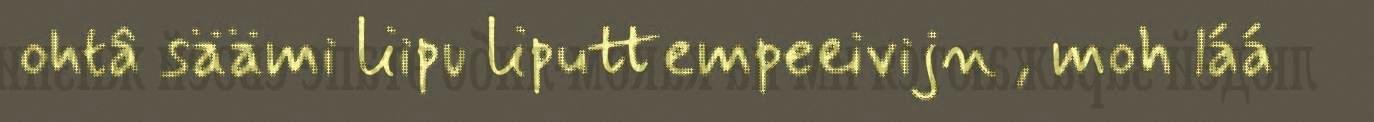
ohtâ säämi liipu liputtempeeivijn , moh láá